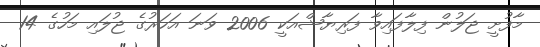
މާފުށީ ޖަލުން ފިލާފައިވާ ފަރިޔާޝްއަކީ 2006 ވަނަ އަހަރުގެ ޖުލައި މަހުގެ 14